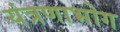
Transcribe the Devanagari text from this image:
यंत्रणाभोग